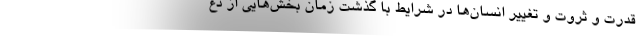
قدرت و ثروت و تغییر انسان‌ها در شرایط با گذشت زمان بخش‌هایی از دغ